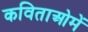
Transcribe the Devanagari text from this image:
कविताओमें